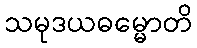
သမုဒယဓမ္မောတိ